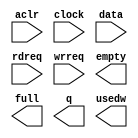
module fifo_144x128 (
	aclr,
	clock,
	data,
	rdreq,
	wrreq,
	empty,
	full,
	q,
	usedw);

	input	  aclr;
	input	  clock;
	input	[143:0]  data;
	input	  rdreq;
	input	  wrreq;
	output	  empty;
	output	  full;
	output	[143:0]  q;
	output	[6:0]  usedw;

endmodule